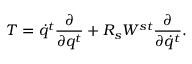
T = \dot { q } ^ { t } \frac { \partial } { \partial q ^ { t } } + R _ { s } W ^ { s t } \frac { \partial } { \partial \dot { q } ^ { t } } .